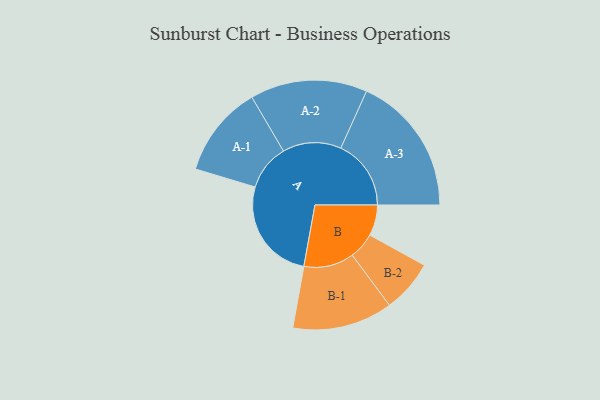
{"axis": {"x": "Segment", "y": "Value"}, "legend": ["", "A", "B"], "data": [{"x": "A", "y": 432, "type": ""}, {"x": "B", "y": 129, "type": ""}, {"x": "A-1", "y": 192, "type": "A"}, {"x": "A-2", "y": 245, "type": "A"}, {"x": "A-3", "y": 294, "type": "A"}, {"x": "B-1", "y": 210, "type": "B"}, {"x": "B-2", "y": 110, "type": "B"}]}